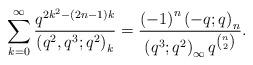
LaTeX: \begin{align*}\sum_{k=0}^{\infty}\frac{q^{2k^{2}-\left(2n-1\right)k}}{\left(q^{2},q^{3};q^{2}\right)_{k}}=\frac{\left(-1\right)^{n}\left(-q;q\right)_{n}}{\left(q^{3};q^{2}\right)_{\infty}q^{\binom{n}{2}}}.\end{align*}